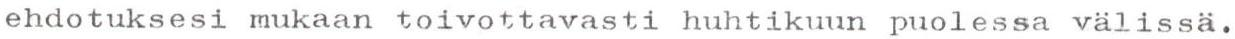
ehdotuksesi mukaan toivottavasti huhtikuun puolessa välissä.